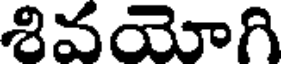
శివయోగి